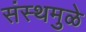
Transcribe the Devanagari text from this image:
संस्थमुळे